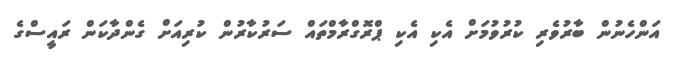
އަންހެނުން ބާރުވެރި ކުރުވުމަށް އެކި އެކި ޕްރޮގްރާމްތައް ސަރުކާރުން ކުރިއަށް ގެންދާކަން ރައީސްގެ